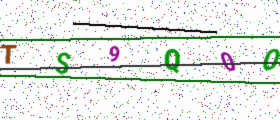
Text: TS9Q00